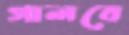
গালবে